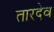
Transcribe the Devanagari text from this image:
तारदेव